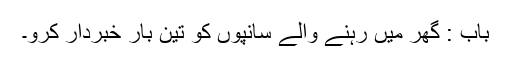
باب : گھر میں رہنے والے سانپوں کو تین بار خبردار کرو۔